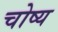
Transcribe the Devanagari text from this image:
चोष्य